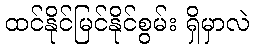
ထင်နိုင်မြင်နိုင်စွမ်း ရှိမှာလဲ